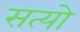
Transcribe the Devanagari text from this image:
सत्यो